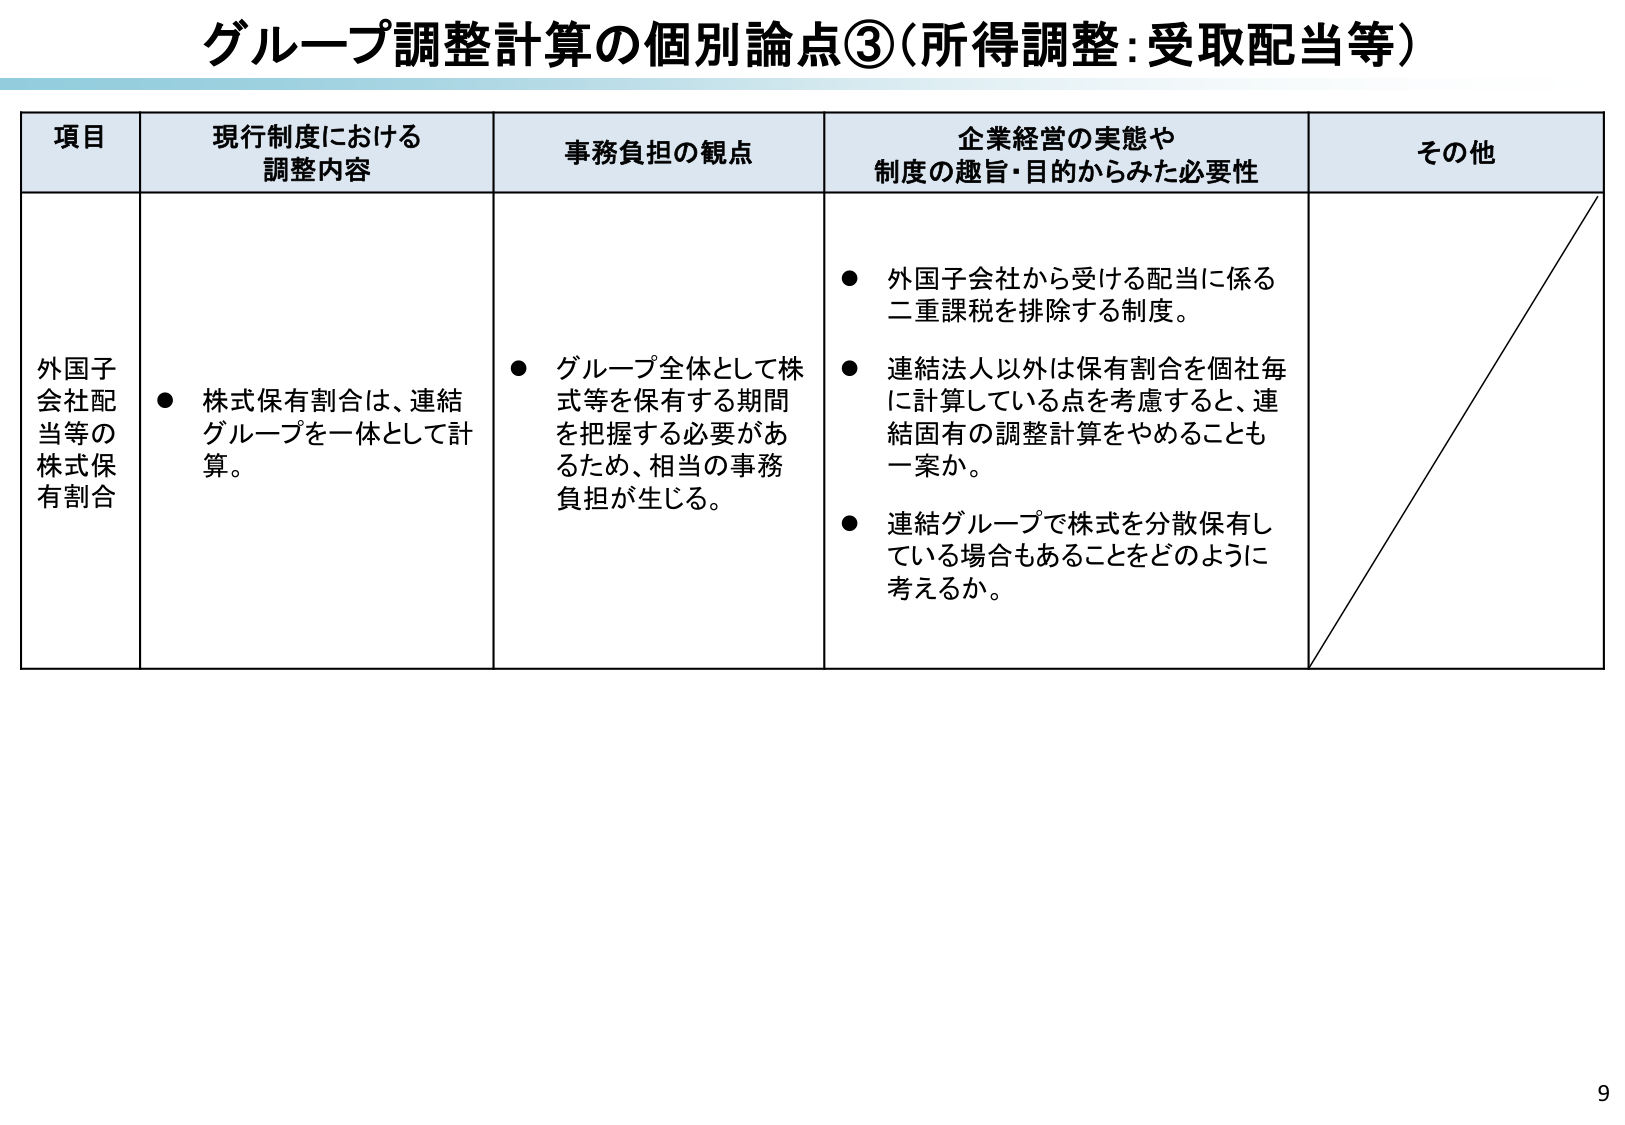
グループ調整計算の個別論点③（所得調整：受取配当等）

項目 現行制度における調整内容 事務負担の観点 企業経営の実態や制度の趣旨・目的からみた必要性 その他

外国子会社配当等の株式保有割合
● 株式保有割合は、連結グループを一体として計算。
● グループ全体として株式等を保有する期間を把握する必要があるため、相当の事務負担が生じる。
● 外国子会社から受ける配当に係る二重課税を排除する制度。
● 連結法人以外は保有割合を個社毎に計算している点を考慮すると、連結固有の調整計算をやめることも一案か。
● 連結グループで株式を分散保有している場合もあることをどのように考えるか。

9